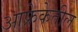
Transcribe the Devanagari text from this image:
आफ्रेकेतील